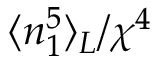
\langle n _ { 1 } ^ { 5 } \rangle _ { L } / \chi ^ { 4 }